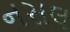
નસલ